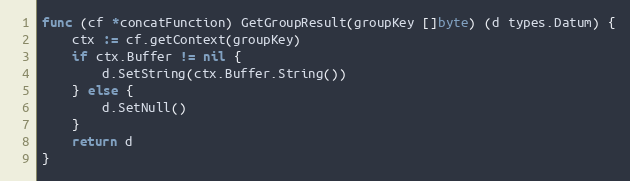
Language: Go
func (cf *concatFunction) GetGroupResult(groupKey []byte) (d types.Datum) {
	ctx := cf.getContext(groupKey)
	if ctx.Buffer != nil {
		d.SetString(ctx.Buffer.String())
	} else {
		d.SetNull()
	}
	return d
}